Vaccination Hyderabad 1872-1889 - 1872-1889
Year: 1872
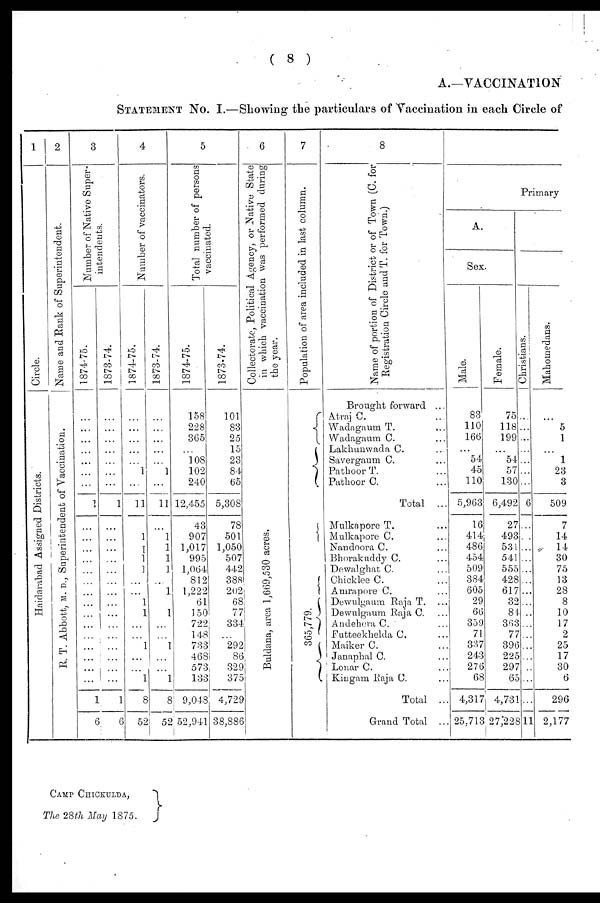
( 8 )
A.—VACCINATION
STATEMENT No. I.—Showing the particulars of Vaccination in each Circle of
1
Circle.
Haidarabad Assigned Districts.
2
Name and Bank of Superintendent.
R. T. Abbott, M. D., Superintendent of Vaccination.
3
Number of Native Super-
intendents.
1874-75.
...
...
...
...
...
...
...
1
...
...
...
...
...
...
...
...
...
...
...
...
...
...
...
1
6
1873-74.
...
...
...
...
...
...
...
1
...
...
...
...
...
...
...
...
...
...
...
...
...
...
...
1
6
4
Number of vaccinators.
1874-75.
...
...
...
...
...
1
...
11
...
1
1
1
1
...
...
1
1
...
...
1
...
...
1
8
52
1873-74.
...
...
...
...
...
1
...
11
...
1
1
1
1
...
1
...
1
...
...
1
...
...
1
8
52
5
Total number of persons
vaccinated.
1874-75.
158
228
365
...
108
102
240
12,455
43
907
1,017
995
1,064
812
1,222
61
150
722
148
733
468
573
133
9,048
52,941
1873-74.
101
83
25
15
23
84
65
5,308
78
501
1,050
507
442
388
202
68
77
334
...
292
86
329
375
4,729
38,886
6
Collectorate, Political Agency, or Native State
in which vaccination was performed during
the year.
Buldana, area 1,669,530 acres.
7
Population of area included in last column.
365,779.
8
Name of portion of District or of Town (C. for
Registration Circle and T. for Town.)
Brought forward ...
Atraj C. ...
Wadagaum T. ...
Wadagaum C. ...
Lakhunwada C. ...
Savergaum C. ...
Pathoor T. ...
Pathoor C. ...
Total ...
Mulkapore T. ...
Mulkapore C. ...
Nandoora C. ...
Bhorakuddy C. ...
Dewalghat C. ...
Chicklee C. ...
Amrapore C. ...
Dewulgaum Raja T. ...
Dewulgaum Raja C. ...
Andehera C. ...
Futteekhelda C. ...
Maiker C. ...
Janaphal C. ...
Lonar C. ...
Kingam Raja C. ...
Total ...
Grand Total ...
Primary
A.
Sex.
Male.
83
110
166
...
54
45
110
5,963
16
414
486
454
509
384
605
29
66
359
71
337
243
276
68
4,317
25,713
Female.
75
118
199
...
54
57
130
6,492
27
493
531
541
555
428
617
32
84
363
77
396
225
297
65
4,731
27,228
Christians.
...
...
...
...
...
...
...
6
...
...
...
...
...
...
...
...
...
...
...
...
...
...
...
...
11
Mahomedans.
...
5
1
...
1
23
3
509
7
14
14
30
75
13
28
8
10
17
2
25
17
30
6
296
2,177
CAMP CHICKULDA,
The 28th May 1875.